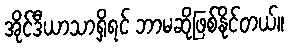
အိုင်ဒီယာသာရှိရင် ဘာမဆိုဖြစ်နိုင်တယ်။